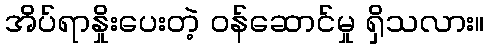
အိပ်ရာနှိုးပေးတဲ့ ဝန်ဆောင်မှု ရှိသလား။